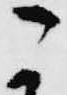
こ